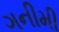
ગનીમી